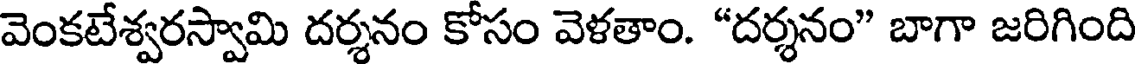
వెంకటేశ్వరస్వామి దర్శనం కోసం వెళతాం. "దర్శనం" బాగా జరిగింది